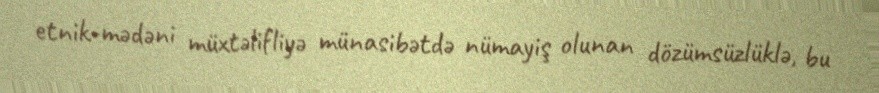
etnik-mədəni müxtəlifliyə münasibətdə nümayiş olunan dözümsüzlüklə, bu